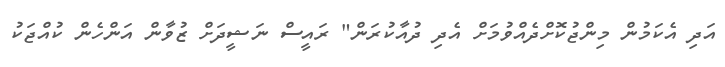
އަދި އެކަމުން މިންޖުކޮށްދެއްވުމަށް އެދި ދުއާކުރަން" ރައީސް ނަޝީދަށް ޒުވާން އަންހެން ކުއްޖަކު